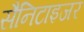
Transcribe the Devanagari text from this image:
सैनिटाइजर